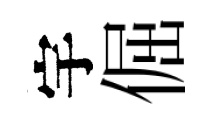
宇倔